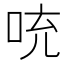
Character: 𪡁